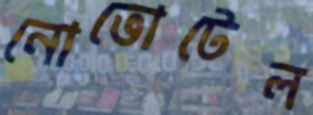
নোভোটেল